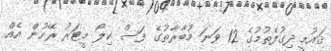
ޤައުމީ ދިގުފެތުމުގެ 12 ވަނަ މުބާރާތުގެ ފަސް ކިލޯ މީޓަރު ރޭހުން އެއް